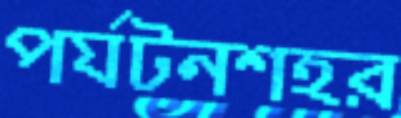
পর্যটনশহর